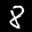
Label: 8